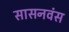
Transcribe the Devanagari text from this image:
सासनवंस